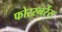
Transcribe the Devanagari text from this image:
फोररनर्रस